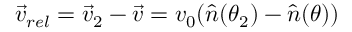
\vec { v } _ { r e l } = \vec { v } _ { 2 } - \vec { v } = v _ { 0 } ( \hat { n } ( \theta _ { 2 } ) - \hat { n } ( \theta ) )